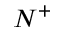
N ^ { + }